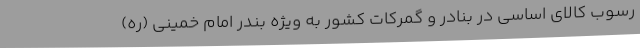
رسوب کالای اساسی در بنادر و گمرکات کشور به ویژه بندر امام خمینی (ره)